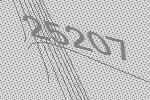
25207